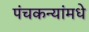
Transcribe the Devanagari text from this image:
पंचकन्यांमधे